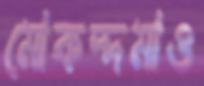
মোকদ্দমাও